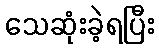
သေဆုံးခဲ့ရပြီး